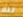
تلك